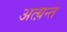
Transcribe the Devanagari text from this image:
अत्य़न्त